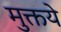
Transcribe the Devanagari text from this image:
मुक्तये